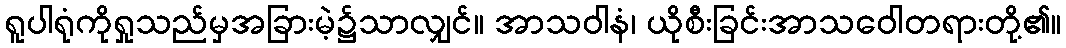
ရူပါရုံကိုရှုသည်မှအခြားမဲ့၌သာလျှင်။ အာသဝါနံ၊ ယိုစီးခြင်းအာသဝေါတရားတို့၏။